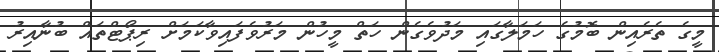
މީގެ ތެރެއިން ބޮމުގެ ހަމަލާގައި މަދުވެގެން ހަތް މީހުން މަރުވެފައިވާކަމަށް ރިޕޯޓްތައް ބުނާއިރު